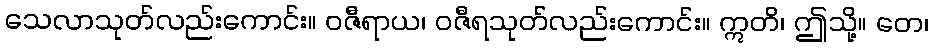
သေလာသုတ်လည်းကောင်း။ ဝဇီရာယ၊ ဝဇီရသုတ်လည်းကောင်း။ ဣတိ၊ ဤသို့။ တေ၊